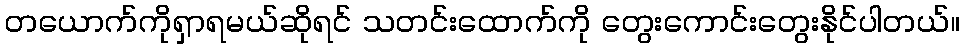
တယောက်ကိုရှာရမယ်ဆိုရင် သတင်းထောက်ကို တွေးကောင်းတွေးနိုင်ပါတယ်။